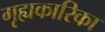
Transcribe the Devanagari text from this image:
गृह्यकारिका